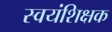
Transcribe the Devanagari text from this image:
स्वयंशिक्षक